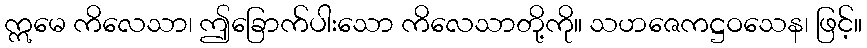
ဣမေ ကိလေသာ၊ ဤခြောက်ပါးသော ကိလေသာတို့ကို။ သဟဇေကဋ္ဌဝသေန၊ ဖြင့်။